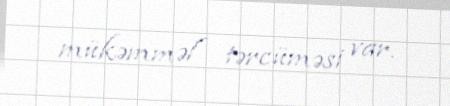
mükəmməl tərcüməsi var.